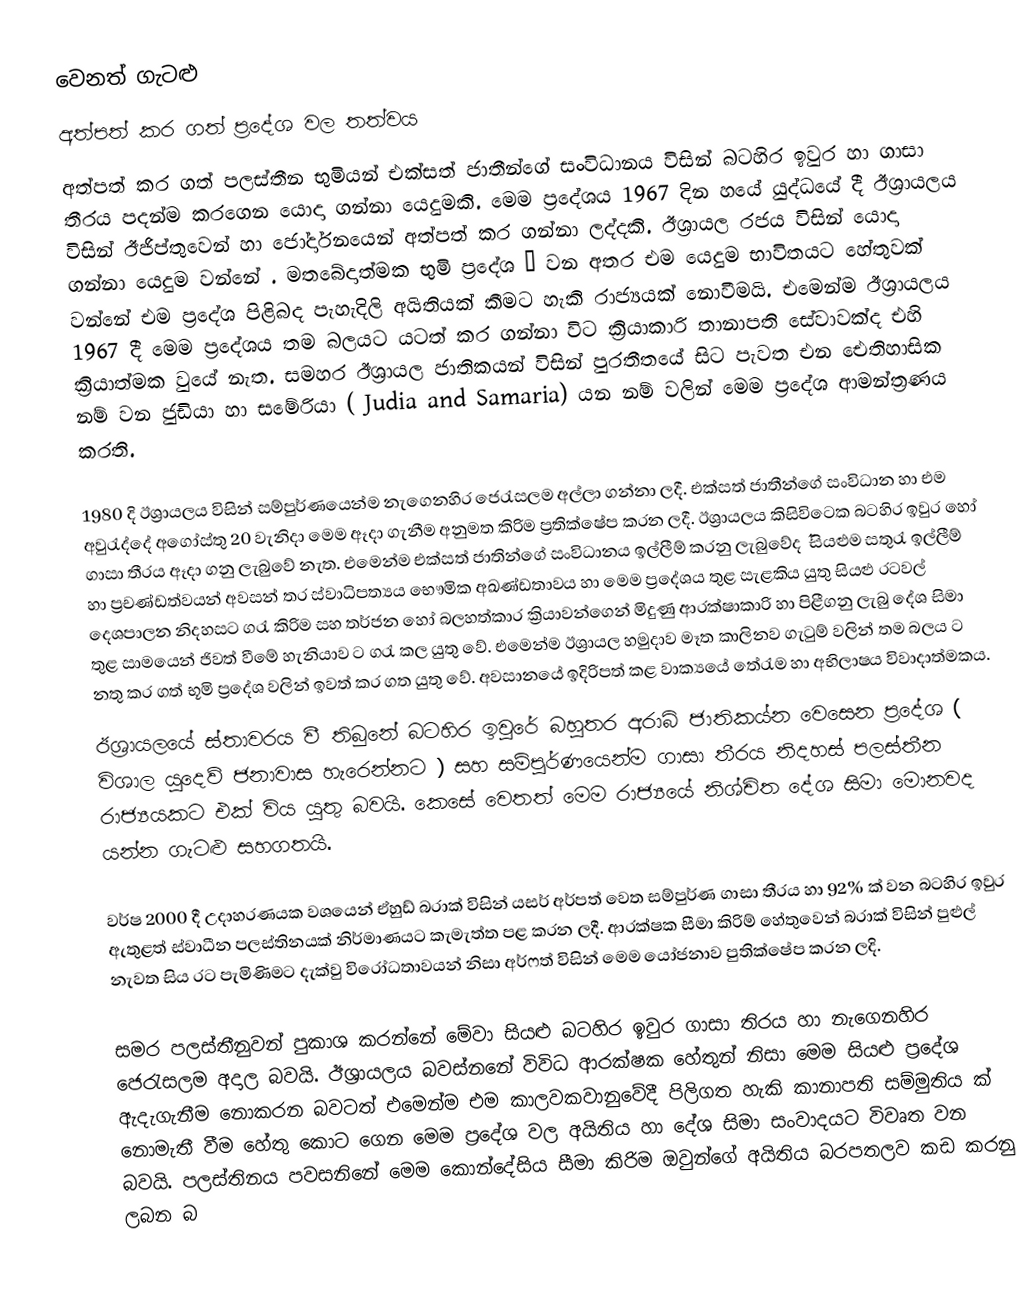
වෙනත් ගැටළු
අත්පත් කර ගත් ප්‍රදේශ වල තත්වය
අත්පත් කර ගත් පලස්තීන භුමියන් එක්සත් ජාතීන්ගේ සංවිධානය විසින් බටහිර ඉවුර හා ගාසා තීරය පදන්ම කරගෙන යොදා ගන්නා යෙදුමකි. මෙම ප්‍රදේශය 1967 දින හයේ යුද්ධයේ දී ඊශ්‍රායලය විසින් ඊජිප්තුවෙන් හා ජෝර්දානයෙන් අත්පත් කර ගන්නා ලද්දකි. ඊශ්‍රායල රජය විසින් යොදා ගන්නා යෙදුම වන්නේ . මතබේදාත්මක භුමි ප්‍රදේශ ˝ වන අතර එම යෙදුම භාවිතයට‍ හේතුවක් වන්නේ එම ප්‍රදේශ පිළිබද පැහැදිලි අයිතියක් කීමට හැකි රාජ්‍යයක් නොවීමයි. එමෙන්ම ඊශ්‍රායලය  1967 දී මෙම ප්‍රදේශය තම බලයට යටත් කර ගන්නා විට ක්‍රියාකාරි තානාපති සේවාවක්ද එහි ක්‍රියාත්මක වුයේ නැත.  සමහර ඊශ්‍රායල ජාතිකයන් විසින් පුරතීතයේ සිට පැවත එන ඓතිහාසික නම් වන ජුඩියා හා සමේරියා ( Judia and Samaria) යන නම් වලින් මෙම ප්‍රදේශ ආමන්ත්‍රණය කරති.

1980 දි ඊශ්‍රායලය විසින් සම්පුර්ණයෙන්ම නැගෙනහිර ජෙරැසලම අල්ලා ගන්නා ලදී. එක්සත් ජාතීන්ගේ සංවිධාන හා එම අවුරැද්දේ අගෝස්තු 20 වැනිදා මෙම ඈදා ගැනීම අනුමත කිරිම ප්‍රතික්ෂේප කරන ලදී. ඊශ්‍රායලය කිසිවිටෙක බටහිර ඉවුර‍ හෝ ගාසා තීරය ඈදා ගනු ලැබුවේ නැත. එමෙන්ම එක්සත් ජාතින්ගේ සංවිධානය ඉල්ලීම් කරනු ලැබුවේද ˝ සියළුම සතුරැ ඉල්ලීම් හා ප්‍රචණ්ඩත්වයන් අවසන් තර ස්වාධිපත්‍යය භෞමික අඛණ්ඩතාවය  හා මෙම ප්‍රදේශය තුළ සැළකිය යුතු සියළු රටවල්  ‍දෙශපාලන නිදහසට ගරැ කිරිම සහ තර්ජන හෝ බලහත්කාර ක්‍රියාවන්ගෙන් මිදුණු ආරක්ෂාකාරි හා පිළීගනු ලැබු දේශ සිමා තුළ සාමයෙන් ජිවත් වීමේ හැනියාව ට ගරැ කල යුතු වේ.    එමෙන්ම ඊශ්‍රායල හමුදාව මෑත කාලිනව  ගැටුම් වලින් තම බලය ට නතු කර ගත් භූමි ප්‍රදේශ වලින් ඉවත් කර ගත යුතු වේ.  අවසානයේ ඉදිරිපත් කළ වාක්‍යයේ තේරැම හා අභිලාෂය විවාදාත්මකය.
ඊශ්‍රායලයේ ස්තාවරය වී තිබුනේ බටහිර ඉවුරේ බහුතර අරාබි ජාතිකය්න වෙසෙන ප්‍රදේශ ( විශාල යුදෙව් ජනාවාස හැරෙන්නට ) සහ සම්පුර්ණයෙන්ම ගාසා තීරය නිදහස් පලස්තීන රාජ්‍යයකට එක් විය යුතු බවයි. කෙසේ වෙතත් මෙම රාජ්‍යයේ නිශ්චිත දේශ සිමා මොනවද යන්න ගැටළු සහගතයි.

 වර්ෂ 2000 දී උදාහරණයක වශයෙන් ඒහුඩ් බරාක් විසින් යසර් අර්පත් වෙත සම්පුර්ණ ගාසා තීරය හා 92% ක් වන බටහිර ඉවුර ඇතුළත් ස්වාධීන පලස්තිනයක් නිර්මාණයට කැමැත්ත පළ කරන ලදී. ආරක්ෂක සීමා කිරිම් හේතුවෙන් බරාක් විසින් පුළුල් නැවත සිය රට පැමිණිමට  දැක්වු වි‍රෝධතාවයන් නිසා අර්ෆත් විසින් මෙම යෝජනාව පුතික්ෂේප කරන ලදි.

සමර පලස්තීනුවන් පුකාශ කරන්නේ මේවා සියළු බටහිර ඉවුර ගාසා තිරය හා නැගෙනහිර ජෙරැසලම අදාල බවයි. ඊශ්‍රායලය බවස්නනේ විවිධ ආරක්ෂක හේතුන් නිසා මෙම සියළු ප්‍රදේශ ඇදැගැනීම නොකරන බවටත් එමෙන්ම එම කාලවකවානුවේදී පිලිගත හැකි කානාපති සම්මුතිය ක් නොමැතී  වීම හේතු කොට ගෙන මෙම ප්‍රදේශ වල අයිතිය හා දේශ සිමා සංවාදයට විවෘත වන බවයි.  පලස්තිනය පවසනිනේ මෙම කොන්දේසිය සීමා කිරිම ඔවුන්ගේ අයිතිය බරපතලව කඩ කරනු ලබන බ